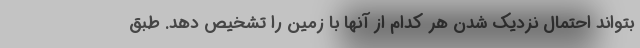
بتواند احتمال نزدیک شدن هر کدام از آنها با زمین را تشخیص دهد. طبق